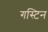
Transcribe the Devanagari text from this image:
गस्टिन